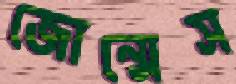
জোন্সেস